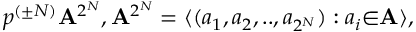
p ^ { ( \pm N ) } { \bf A } ^ { 2 ^ { N } } , { \bf A } ^ { 2 ^ { N } } = \langle ( a _ { 1 } , a _ { 2 } , . . , a _ { 2 ^ { N } } ) : a _ { i } { \in } { \bf A } \rangle ,